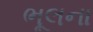
ભૂલના